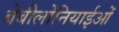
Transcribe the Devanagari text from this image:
बेबीलोनियाईओं